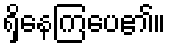
ရှိနေကြပေ၏။